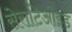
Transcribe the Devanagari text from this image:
सेराटिओइड